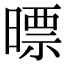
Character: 㬓